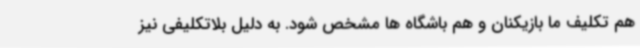
هم تکلیف ما بازیکنان و هم باشگاه ها مشخص شود. به دلیل بلاتکلیفی نیز